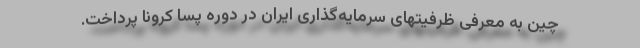
چین به معرفی ظرفیتهای سرمایه‌گذاری ایران در دوره پسا کرونا پرداخت.